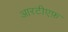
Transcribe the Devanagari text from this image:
आरटीएफ़